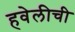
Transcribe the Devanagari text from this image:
हवेलीची